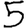
Digit: 5